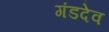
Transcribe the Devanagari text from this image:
गंडदेव